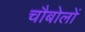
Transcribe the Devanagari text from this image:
चौबोलों